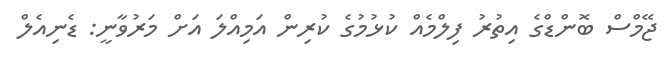
ޖޭމްސް ބޮންޑްގެ އިތުރު ފިލްމެއް ކުޅުމުގެ ކުރިން އަމިއްލަ އަށް މަރުވާނީ: ޑެނިއެލް